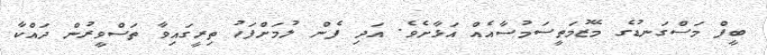
ބީފް މަސްގަނޑުގެ މޭޒުމަތީސަމުސާއެއް އަޅާށެވެ. އަދި ފެން ލުމަށްފަހު ތިރީގައިވާ ތަސްވީރުން ދައްކާ